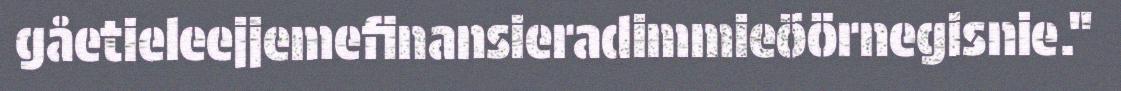
gåetieleejjemefinansieradimmieöörnegisnie."